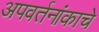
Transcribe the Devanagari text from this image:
अपवर्तनांकाचे